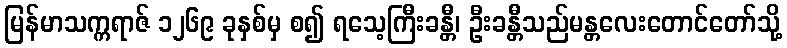
မြန်မာသက္ကရာဇ် ၁၂၆၉ ခုနှစ်မှ စ၍ ရသေ့ကြီးခန္တီ၊ ဦးခန္တီသည်မန္တလေးတောင်တော်သို့